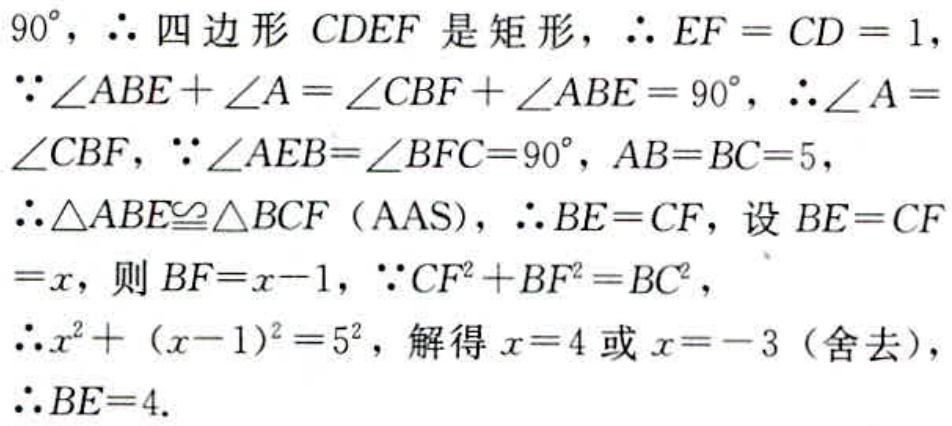
$90^{\circ}，\therefore 四边形CDEF是矩形，\therefore EF = CD = 1，\\
\because\angle ABE+\angle A=\angle CBF+\angle ABE = 90^{\circ}，\therefore\angle A=\angle CBF，\because\angle AEB=\angle BFC = 90^{\circ}，AB = BC = 5，\\
\therefore\triangle ABE\cong\triangle BCF（AAS），\therefore BE = CF，设BE = CF\\
=x，则BF = x - 1，\because CF^{2}+BF^{2}=BC^{2}，\\
\therefore x^{2}+(x - 1)^{2}=5^{2}，解得x = 4或x = - 3（舍去），\\
\therefore BE = 4.$